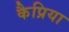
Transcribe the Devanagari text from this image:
कैप्रिया